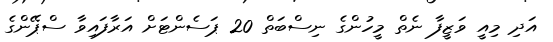
އަދި މިއީ ވަޒީފާ ނެތް މީހުންގެ ނިސްބަތް 20 ޕަސެންޓަށް އަރާފައިވާ ސްޕޭންގެ